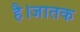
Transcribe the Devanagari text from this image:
है।जातक